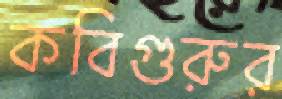
কবিগুরুর